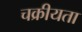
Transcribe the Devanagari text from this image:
चक्रीयता